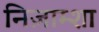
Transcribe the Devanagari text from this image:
निज़ाम्शा